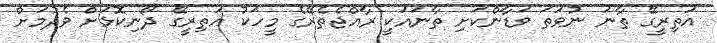
އަތިރީގޭ ތާނަ ނުވަތަ ވަޑާންކަށި ތާނައަކީ ރާއްޖެތެރޭގެ މީހަކު އަތިރީގޭ ދޯނިކޮޅަށް ވެދުމަށް